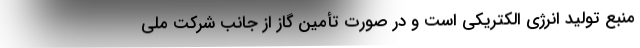
منبع تولید انرژی الکتریکی است و در صورت تأمین گاز از جانب شرکت ملی